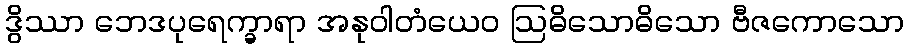
ဒွိဿာ ဘေဒပုရေက္ခာရာ အနုဝါတံယေဝ ဩဓိသောဓိသော ဗီဇကောသော